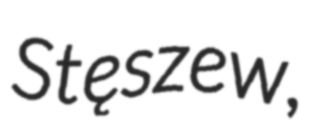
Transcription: Stęszew,